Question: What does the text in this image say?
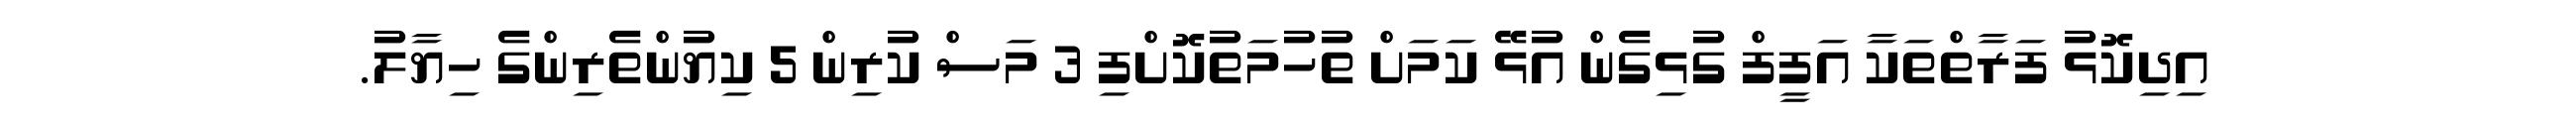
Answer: އިދިކޮޅު ފަރާތްތަކާ އަފީފް ގުޅިގެން އުޅޭ ކަމަށް ތުހުމަތުކޮށްފި 3 މަސް ކުރިން 5 ކިޔުންތެރިންގެ ހިޔާލު.